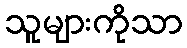
သူများကိုသာ